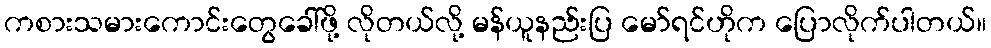
ကစားသမားကောင်းတွေခေါ်ဖို့ လိုတယ်လို့ မန်ယူနည်းပြ မော်ရင်ဟိုက ပြောလိုက်ပါတယ်။